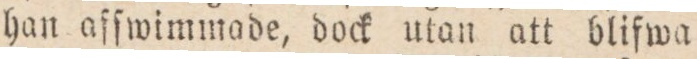
han aſſwimmade, dock utan att blifwa